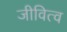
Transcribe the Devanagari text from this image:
जीवित्व